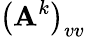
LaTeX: \left(\mathbf{A}^{k}\right)_{vv}